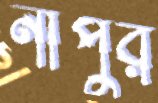
নীপুর